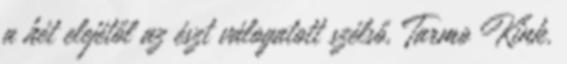
a hét elejétől az észt válogatott szélső, Tarmo Kink.